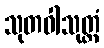
သုတဝါသုတ္တံ